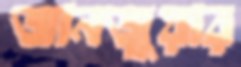
জানজুয়ার